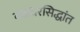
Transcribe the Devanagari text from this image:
वज्रधरसिद्धांत